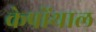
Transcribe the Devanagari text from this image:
केप्रोंथाल